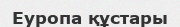
Еуропа құстары